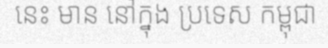
នេះ មាន នៅក្នុង ប្រទេស កម្ពុជា